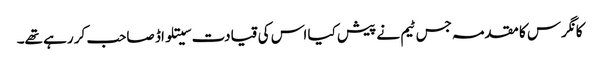
کانگرس کا مقدمہ جس ٹیم نے پیش کیا اس کی قیادت سیتلواڈ صاحب کر رہے تھے۔